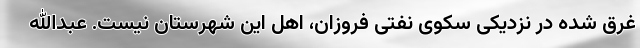
غرق شده در نزدیکی سکوی نفتی فروزان، اهل این شهرستان نیست. عبدالله